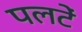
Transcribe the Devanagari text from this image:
पलटें